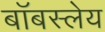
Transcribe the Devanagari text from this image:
बॉबस्लेय